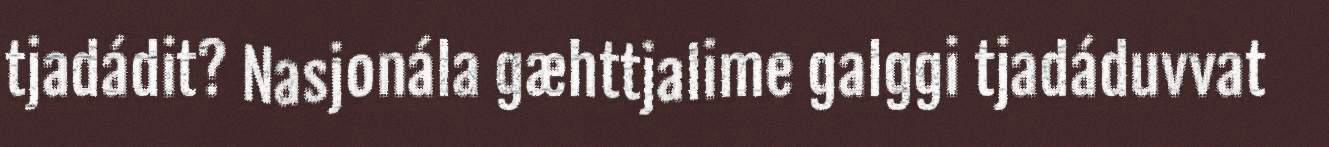
tjadádit? Nasjonála gæhttjalime galggi tjadáduvvat